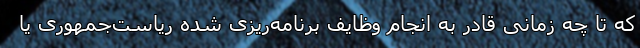
که تا چه زمانی قادر به انجام وظایف برنامه‌ریزی شده ریاست‌جمهوری یا